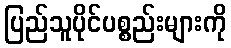
ပြည်သူပိုင်ပစ္စည်းများကို